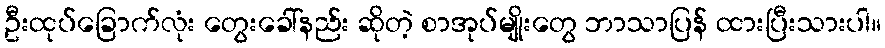
ဦးထုပ်ခြောက်လုံး တွေးခေါ်နည်း ဆိုတဲ့ စာအုပ်မျိုးတွေ ဘာသာပြန် ထားပြီးသားပါ။